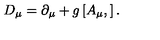
D _ { \mu } = \partial _ { \mu } + g \left[ A _ { \mu } , \right] .